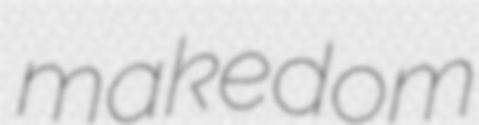
makedom